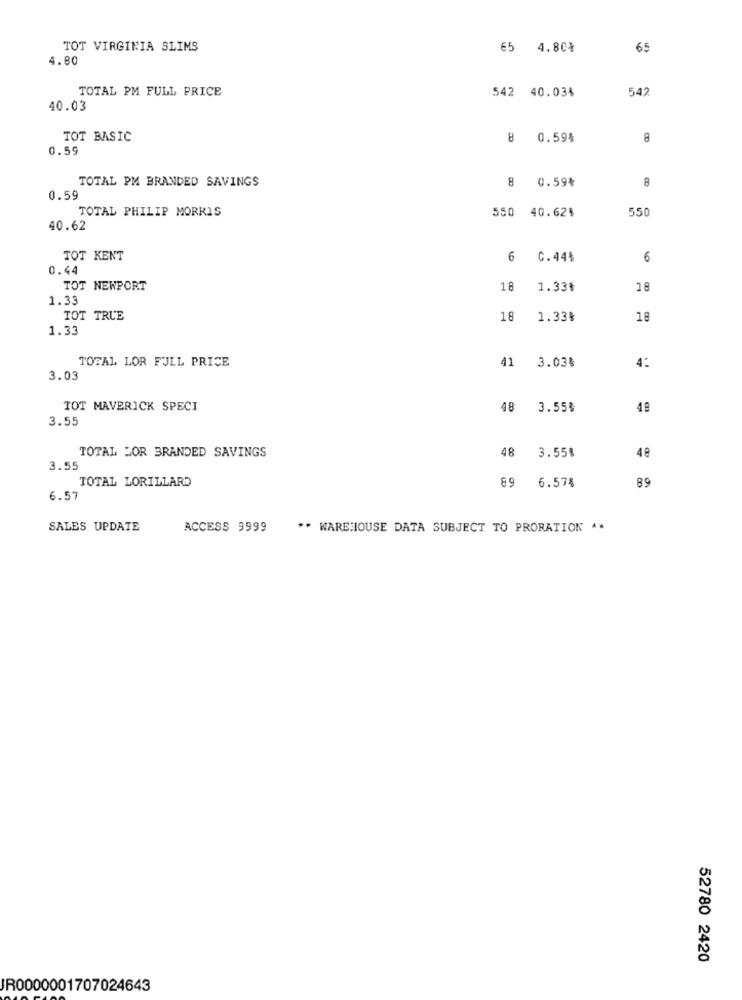
TOT VIRGINIA SLIMS
65 4.80%
65
4.80
TOTAL PM FULL PRICE
542 40.03%
542
40.03
TOT BASIC
8 0.59%
8
0.59
TOTAL PM BRANDED SAVINGS
8
0.59%
8
0.59
TOTAL PHILIP MORRIS
550 40.62%
550
40.62
TOT KENT
6
C.44%
6
0.44
TOT NEWPORT
18
1.33%
18
1.33
TOT TRUE
18
1.33%
18
1.33
TOTAL LOR FULL PRICE
41 3.03₺
4:
3.03
TOT MAVERICK SPECI
48 3.55%
49
3.55
TOTAL JOR BRANDED SAVINGS
48 3.55%
48
3.55
TOTAL LORILLARD
89
6.57%
89
6.57
SALES UPDATE
ACCESS 9999
** WAREHOUSE DATA SUBJECT TO PRORATION A.
52780 2420
JR0000001707024643